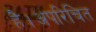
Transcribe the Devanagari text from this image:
है।अपरिचित